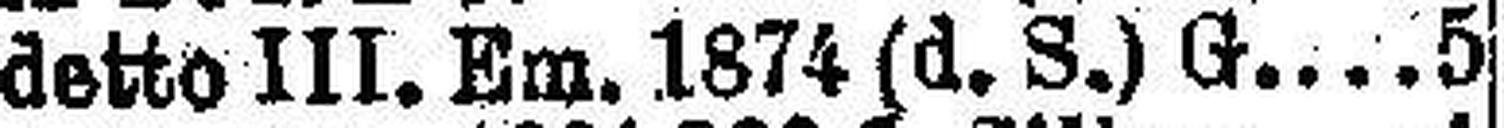
detto III. Em. 1874 (d. S.) G 5